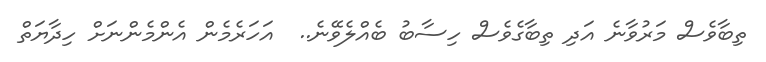
ތިބާވެސް މަރުވާނެ އަދި ތިބާގެވެސް ހިސާބު ބެއްލެވޭނެ..  އަހަރެމެން އެންމެންނަށް ހިދާޔަތް